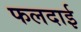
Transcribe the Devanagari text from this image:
फलदाई